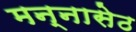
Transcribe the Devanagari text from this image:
मन्नासेठ